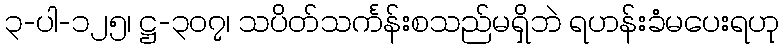
၃-ပါ-၁၂၅၊ ဋ္ဌ-၃၀၇၊ သပိတ်သင်္ကန်းစသည်မရှိဘဲ ရဟန်းခံမပေးရဟု